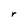
Character: r